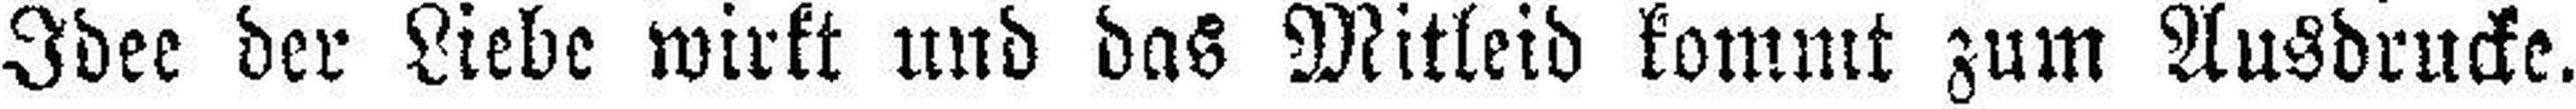
Idee der Liebe wirkt und das Mitleid kommt zum Ausdrucke.